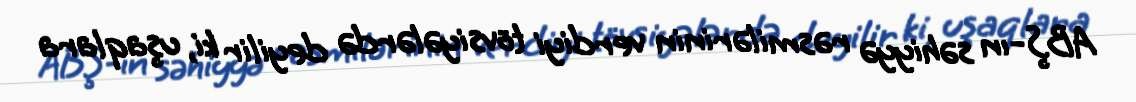
ABŞ-ın səhiyyə rəsmilərinin verdiyi tövsiyələrdə deyilir ki, uşaqlara